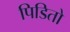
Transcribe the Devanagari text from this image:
पिडितो